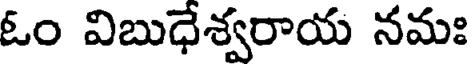
ఓం విబుధేశ్వరాయ నమః